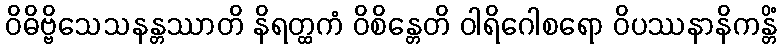
ဝိဓိဗ္ဗိသေသနန္တဿာတိ နိရတ္ထကံ ဝိစိန္တေတိ ဝါရိဂေါစရော ဝိပဿနာနိကန္တိံ